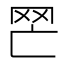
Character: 𦉽